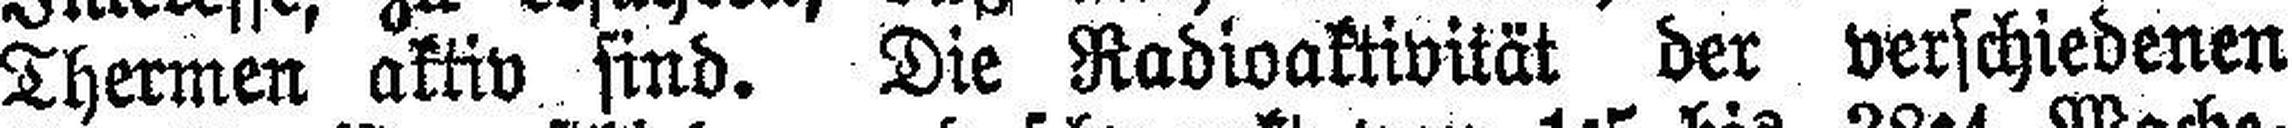
Thermen aktiv sind. Die Radioaktivität der verschiedenen